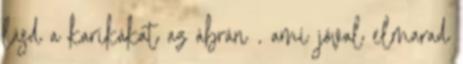
lásd a karikákat az ábrán , ami jóval elmarad